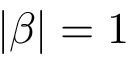
| \beta | = 1